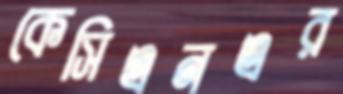
কেসিএনএর